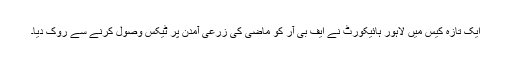
ایک تازہ کیس میں لاہور ہائیکورٹ نے ایف بی آر کو ماضی کی زرعی آمدن پر ٹیکس وصول کرنے سے روک دیا۔